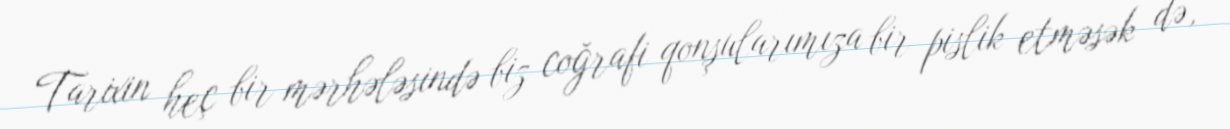
Tarixin heç bir mərhələsində biz coğrafi qonşularımıza bir pislik etməsək də,